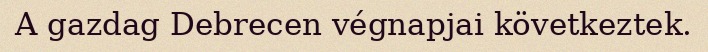
A gazdag Debrecen végnapjai következtek.